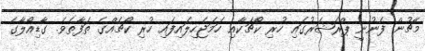
މެޗުން ފެނުނީ ޕްރެޝަރުގައި ހުރި ކޯޗަކާއި ހަމަޖެހިލައިފައި ހުރި ކޯޗެއްގެ ތަފާތެވެ. ގާޑިއޯލާގެ